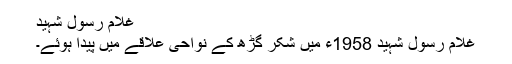
غلام رسول شہید
غلام رسول شہید 1958ء میں شکر گڑھ کے نواحی علاقے میں پیدا ہوئے۔